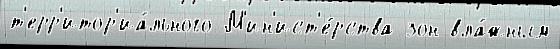
т'ерр'итор'иа́льного М'ин'ист'е́рства зон вла́жным